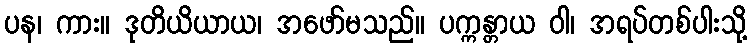
ပန၊ ကား။ ဒုတိယိယာယ၊ အဖော်မသည်။ ပက္ကန္တာယ ဝါ၊ အရပ်တစ်ပါးသို့